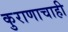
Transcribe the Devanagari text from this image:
कुराणाचाही